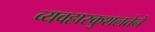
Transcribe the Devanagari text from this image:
व्यवहारकुशलतेने